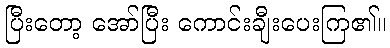
ပြီးတော့ အော်ပြီး ကောင်းချီးပေးကြ၏။